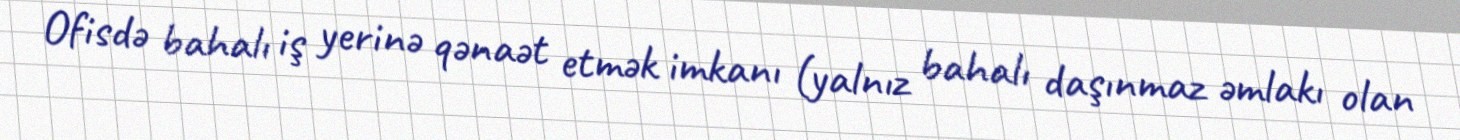
Ofisdə bahalı iş yerinə qənaət etmək imkanı (yalnız bahalı daşınmaz əmlakı olan